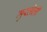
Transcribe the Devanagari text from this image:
मुरलेली